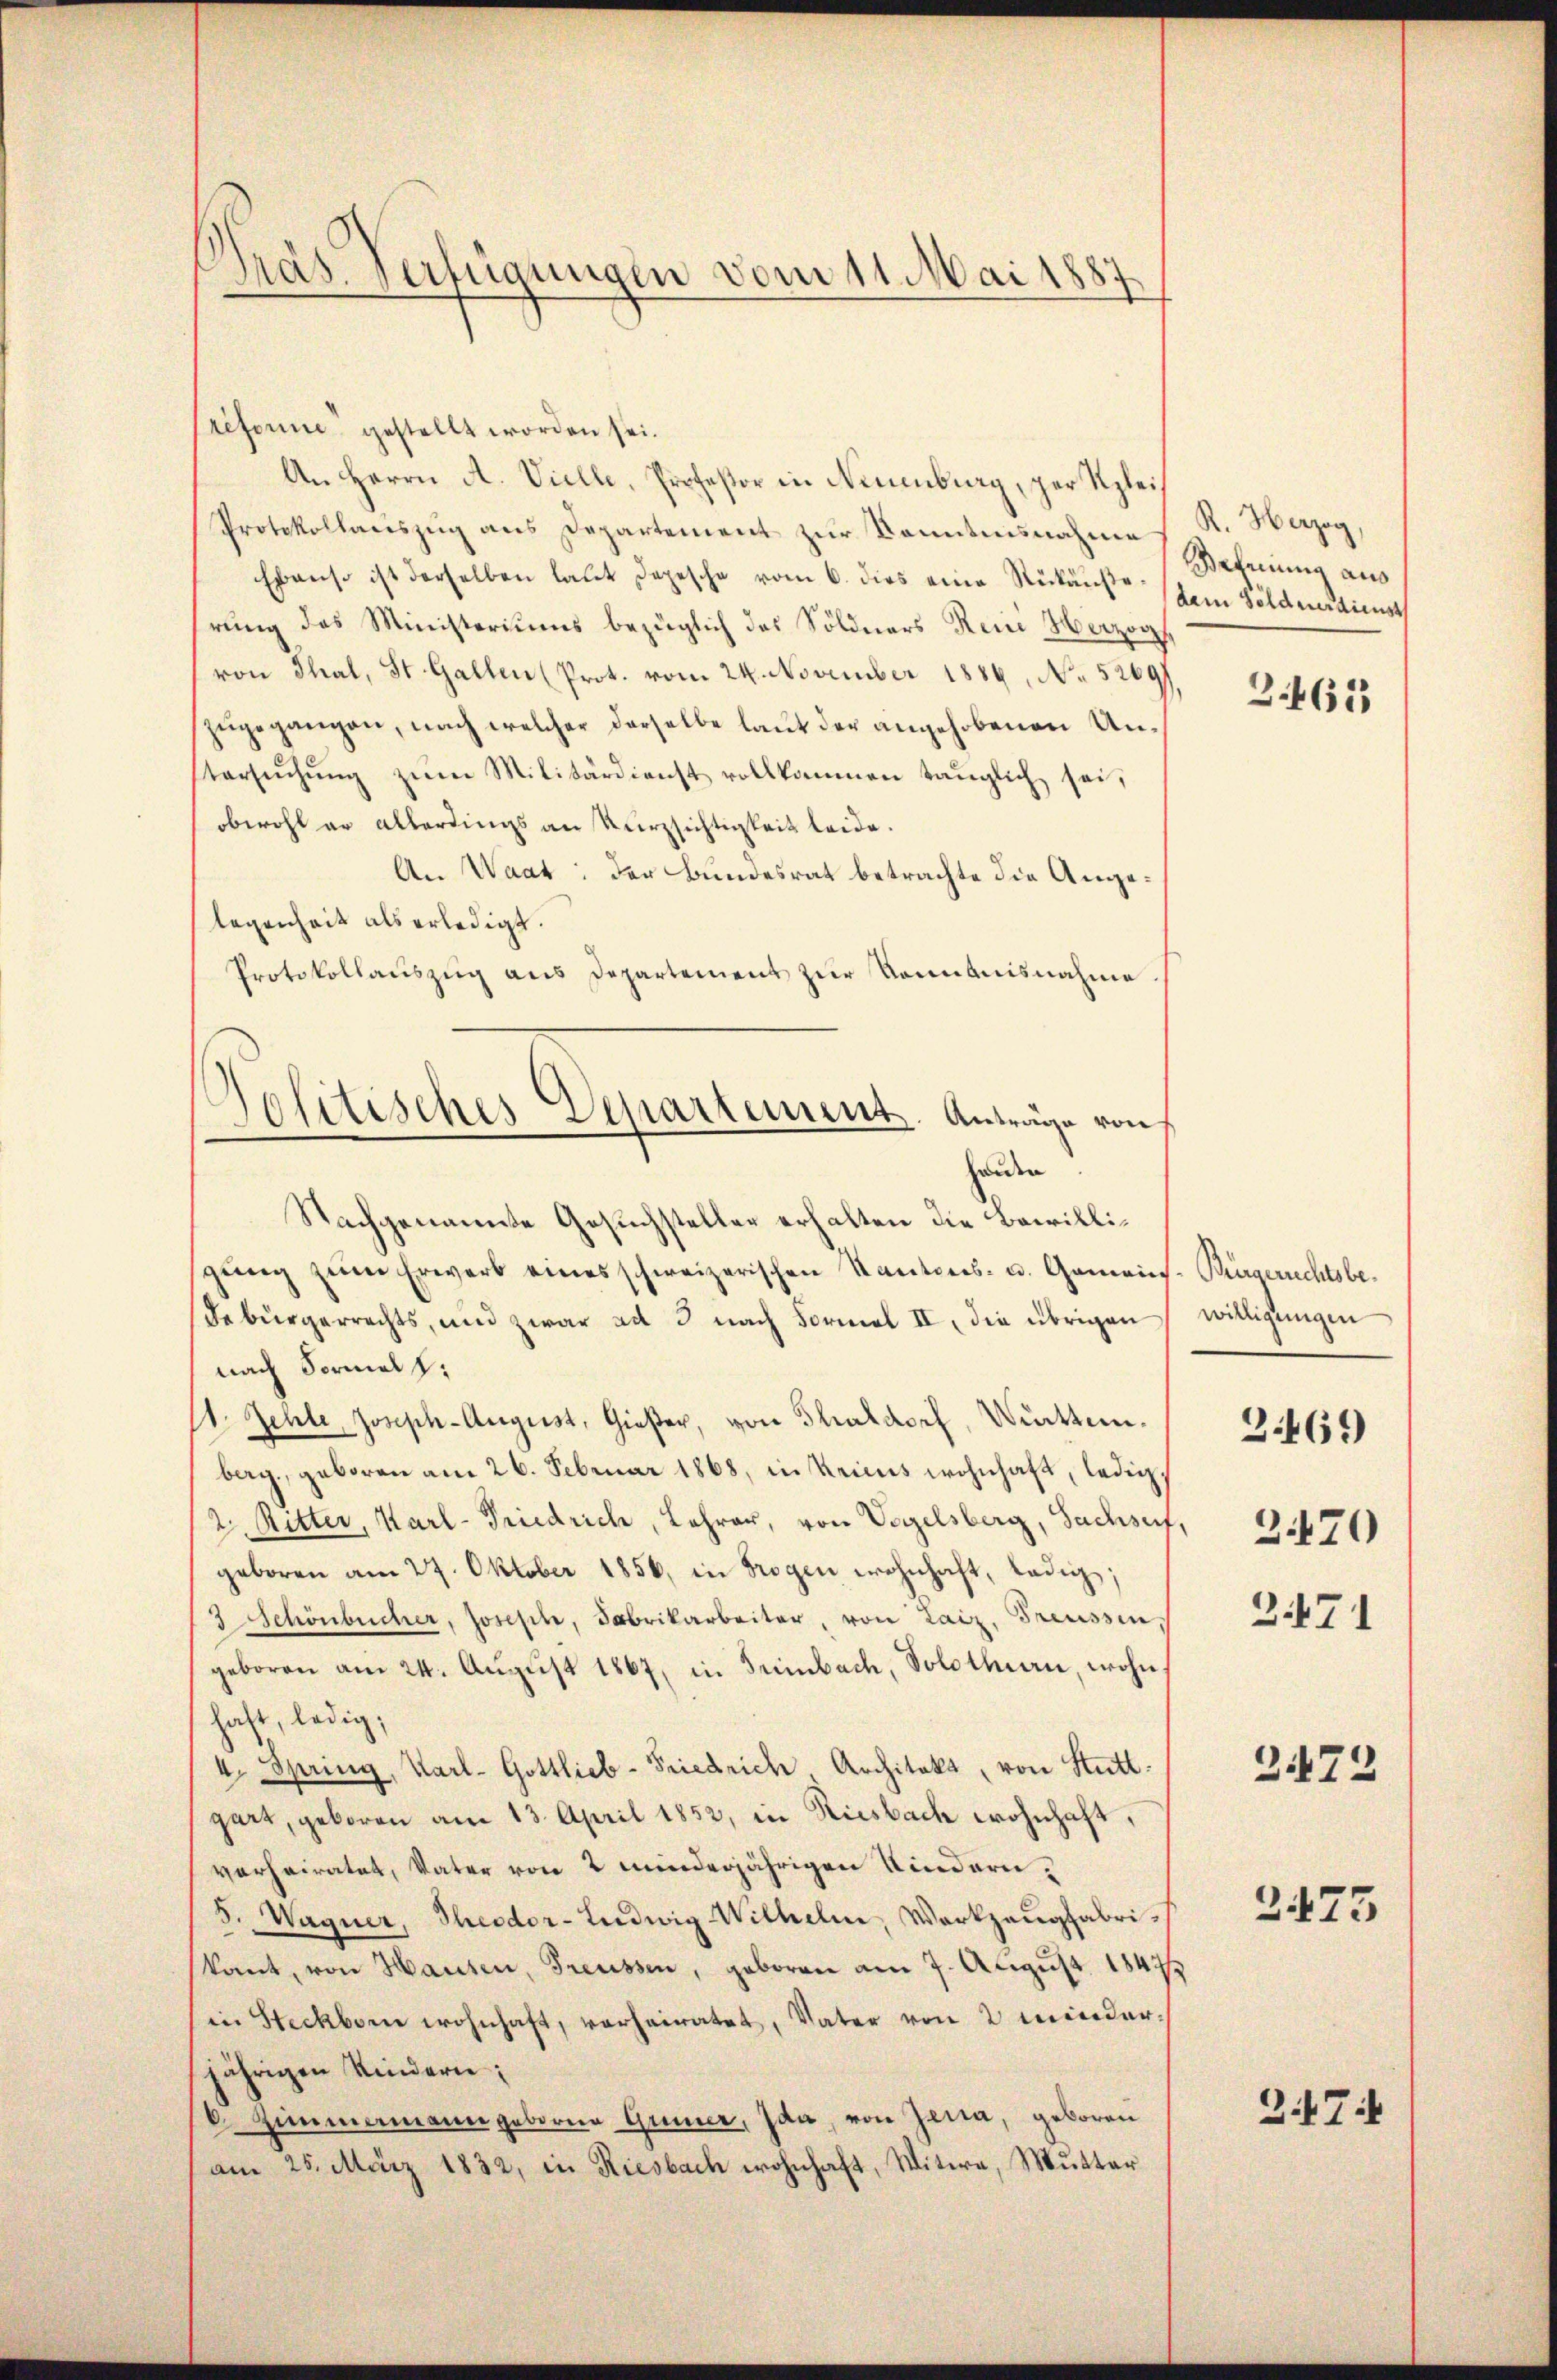
Gras Verfügungen vom 11. Mai 1887.

reforme gestellt worden sei.
An Herrn A. Vielle, Profeßor in Neuenburg, per Klei¬
Protokollauszug aus Departement zur Kenntnisnahme
Ebenso ist derselben laut Depesche vom 6. dies eine Rückäuße ein Soldendienst
rung des Ministeriums bezüglich das Söldners Rein Herzogs
von Thal, St. Gallen (Prot. vom 24. November 1886, No 5269)
zugegangen, nach welcher derselbe laut der angehobenen Untersŭchŭng zŭm Militärdienst vollkommen tauglich sei,
obwohl er allerdings an Kurzsichtigkeit leide.
An Waat: der Bundesrat betrachte die Angelegenheit als erledigt.
Protokollauszug aus Departement zur Kenntnisnahme
Nachgenannte Gesuchsteller erhalten die Bewilligŭng zŭm Erwerb eines schweizerischen Kantons- u. Gemein
debürgerrechts, und zwar ad 3 nach Formal II, die übrigen
nach Formal z
11. Jehle, Joseph-August, Gießer, von Thaldorf, Württemberg, geboren am 26. Februar 1868, in keines wohnhaft, ledig¬
2. Ritter, Karl-Friedrich, Lehrer, von Vogelsberg, Sachsen, 970
geboren am 27. Oktober 1856, in Trogen wohnhaft, ledig,
3 Schönbücher, Joseph, Fabrikarbeiter, von Laiz, Treussen,
geboren am 24. August 1867, in Tribach, Solothurn, wohn
haft, ledig,
4. Spring, Karl- Gottlieb-Friedrich, Architekt von Stutt
gart, geboren am 13. April 1852, in Riesbach wohnhaft,
verheiratet, Vater von 2 minderjährigen Kindere
5. Wagner, Theodor-Ludwig Wilhelm, Werkzeugfabrikant, von Hausen, Freussen, geboren am 7. August 1847
in Steckborn wohnhaft, verheiratet, Vater von 2 minder-
jährigen Kindern:
6 Zimmenanne geboren Grüner, Ida, von Jena, geboren
am 25. März 1832, in Riesbach wohnhaft, Witwe, Mutter

Jolitisches Departement. Anträge von
henden

R. Herzog,
Brennung aus
3.465

Brügerichtsbewilligungen
2472
2475

3469

2.471

247